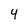
Character: 4